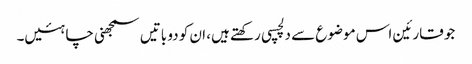
جو قارئین اس موضوع سے دلچسپی رکھتے ہیں، ان کو دو باتیں سمجھنی چاہئیں۔